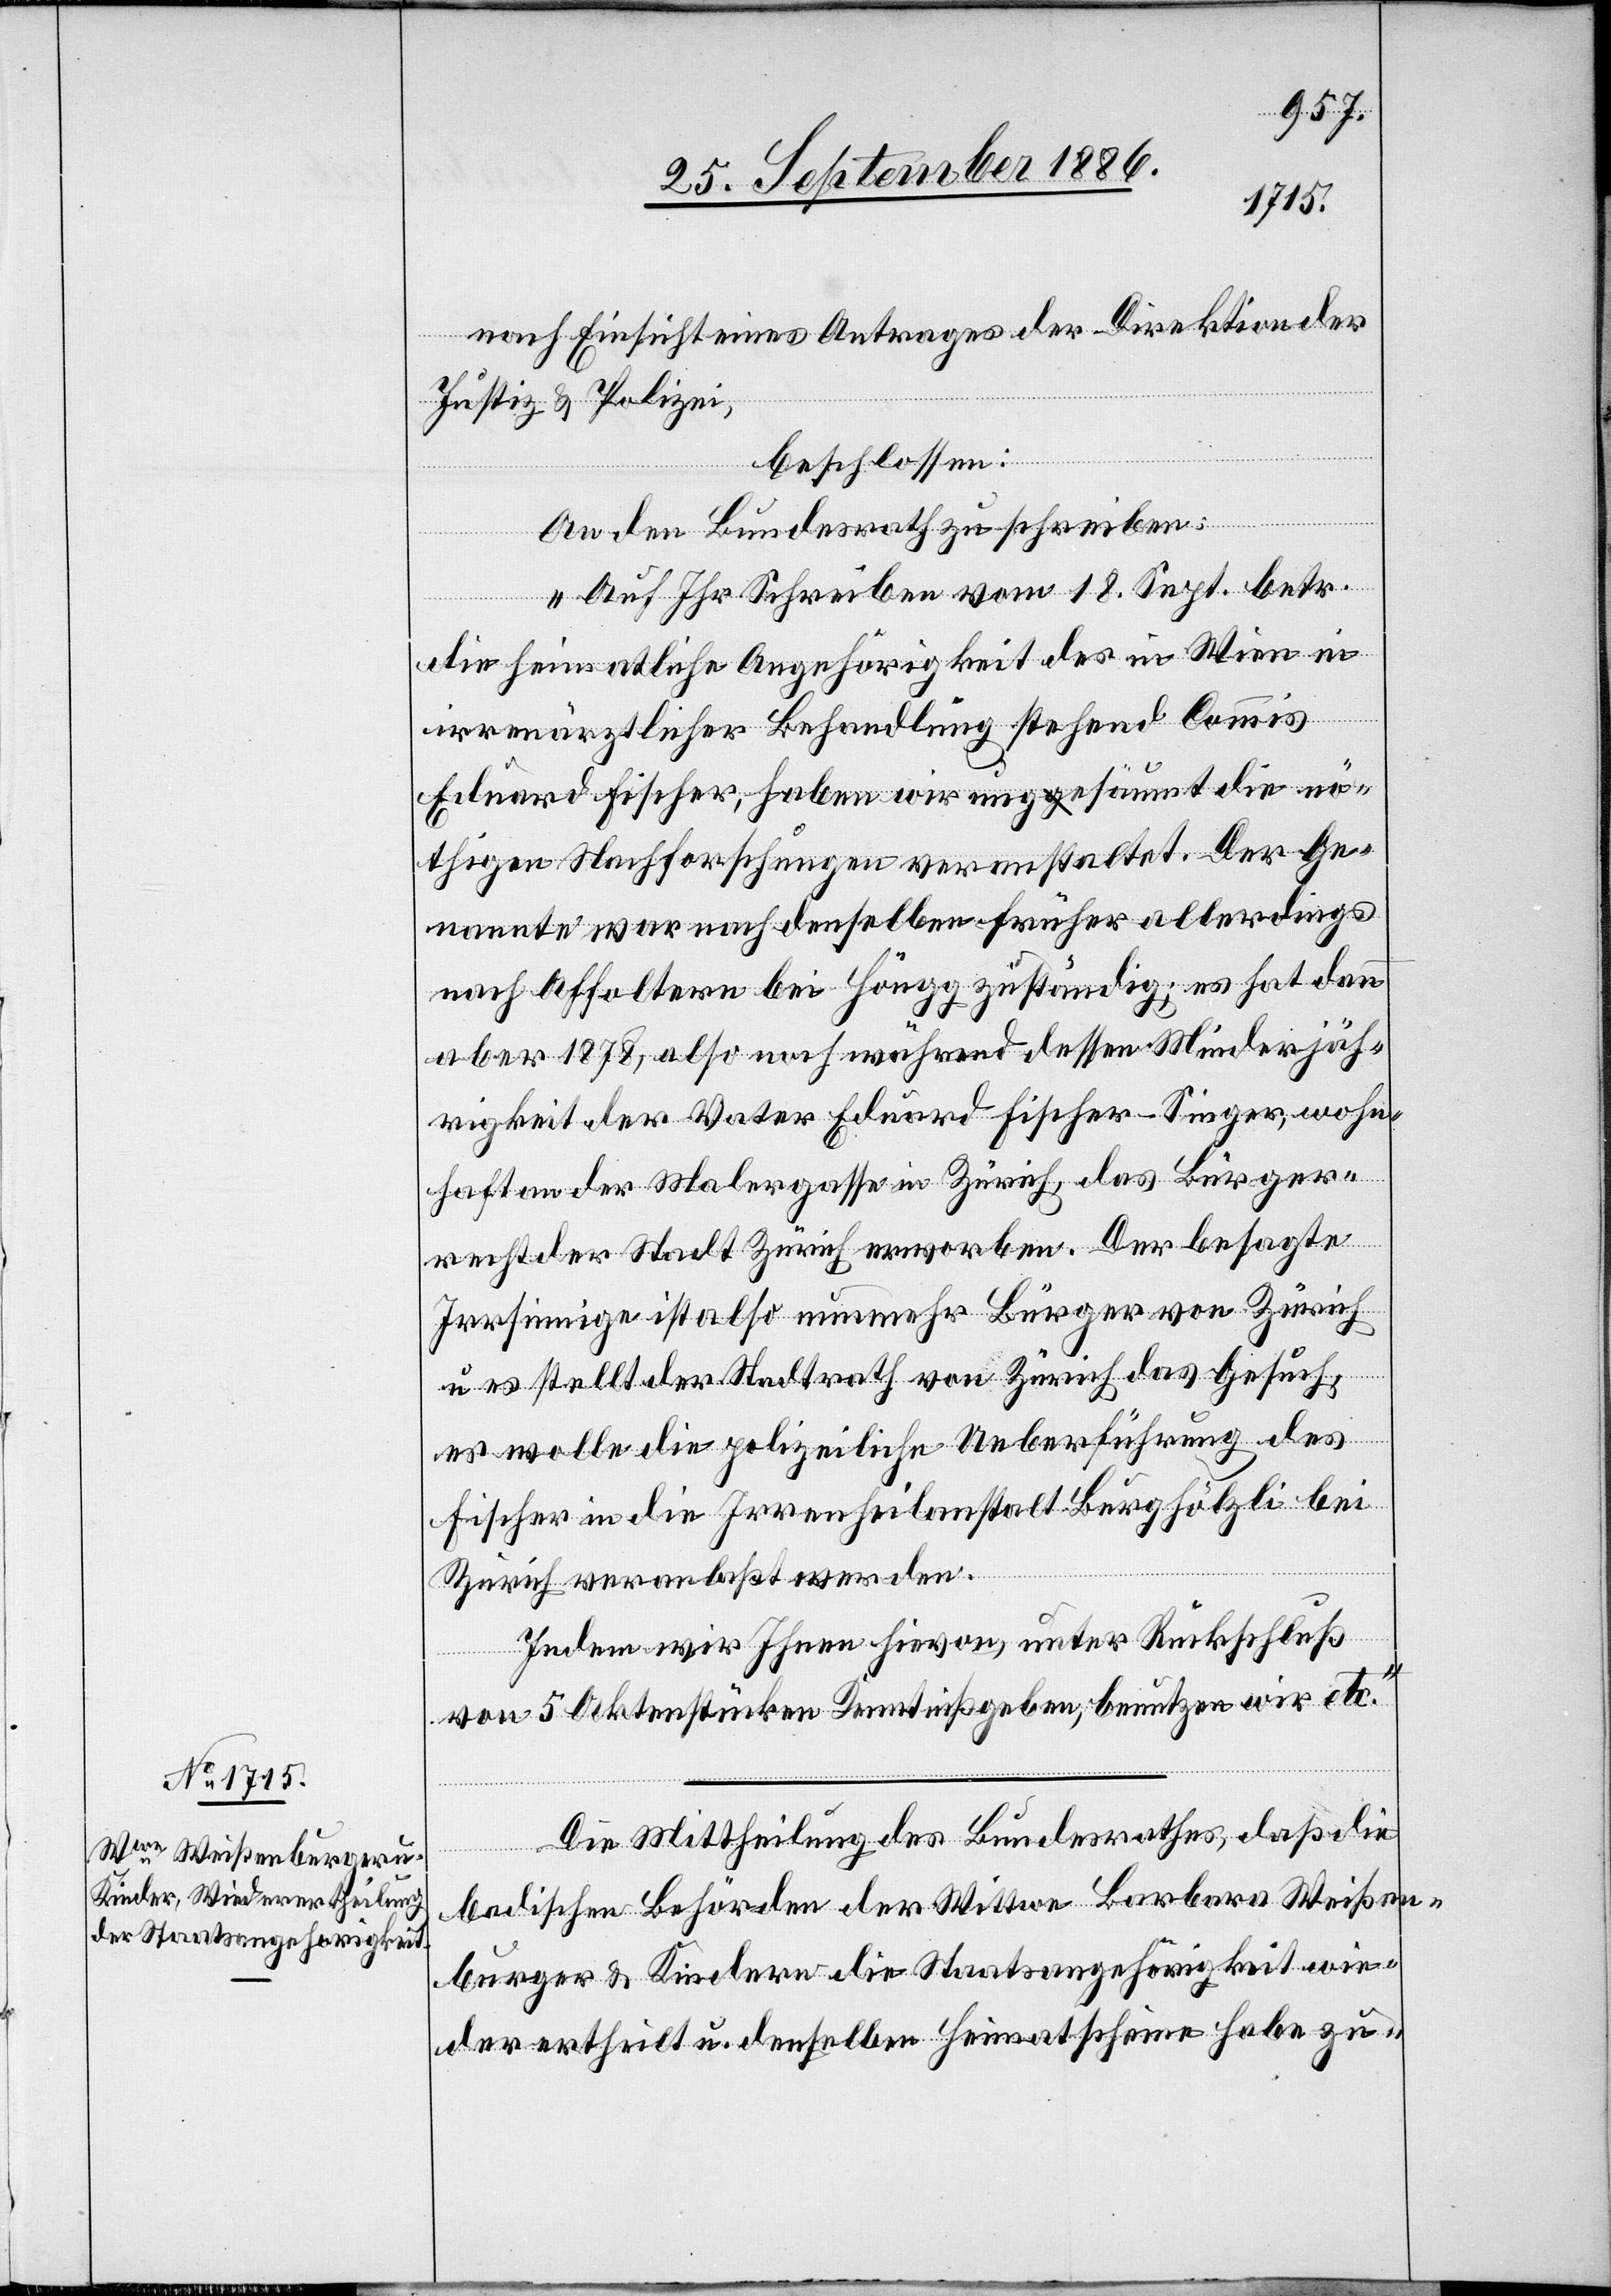
28. September 1886.]
nach Einsicht eines Antrages der Direktion der
Justiz & Polizei,
beschlossen:
An den Bundesrath zu schreiben:
„Auf Ihr Schreiben vom 18. Sept. betr.
die heimatliche Angehörigkeit des in Wien in
irrenärztlicher Behandlung stehend[en] Commis
Eduard Fischer, haben wir ungesäumt die nö¬
thigen Nachforschungen veranstaltet. Der Ge¬
nannte war nach denselben früher allerdings
nach Affoltern bei Höngg zuständig; es hat dann
aber 1878, also noch während dessen Minderjäh¬
rigkeit der Vater Eduard Fischer-Singer, wohn¬
haft an der Malergasse in Zürich, das Bürger¬
recht der Stadt Zürich erworben. Der besagte
Irrsinnige ist also nunmehr Bürger von Zürich
u. es stellt der Stadtrath von Zürich das Gesuch,
es wolle die polizeiliche Ueberführung des
Fischer in die Irrenheilanstalt Burghölzli bei
Zürich veranlaßt werden.
Indem wir Ihnen hievon, unter Rückschluß
von 5 Aktenstücken Kenntniß geben, benutzen wir etc.“
Die Mittheilung des Bundesrathes, daß die
badischen Behörden der Wittwe Barbara Weißen¬
burger & Kindern die Staatsangehörigkeit wie¬
der ertheilt u. denselben Heimatscheine habe zu-